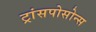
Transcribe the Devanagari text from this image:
ट्रांसपोसोन्स